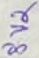
Text: 8V2